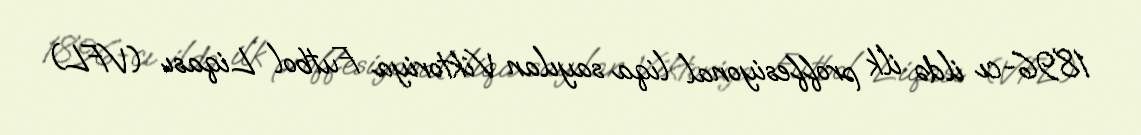
1896-cı ildə ilk proffesiyonal liqa sayılan Viktoriya Futbol Liqası (VFL)